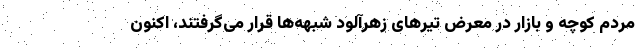
مردم کوچه و بازار در معرض تیرهای زهرآلود شبهه‌ها قرار می‌گرفتند، اکنون